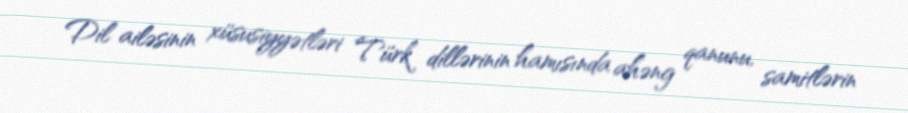
Dil ailəsinin xüsusiyyətləri Türk dillərinin hamısında ahəng qanunu, samitlərin